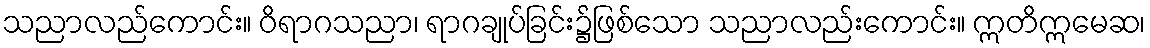
သညာလည်ကောင်း။ ဝိရာဂသညာ၊ ရာဂချုပ်ခြင်း၌ဖြစ်သော သညာလည်းကောင်း။ ဣတိဣမေဆ၊